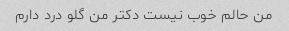
من حالم خوب نیست دکتر من گلو درد دارم